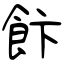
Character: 飰